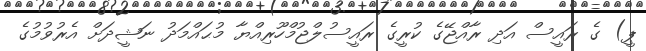
ޕީ) ގެ ރައީސް އަދި ރާއްޖޭގެ ކުރީގެ ރައީސުލްޖުމްހޫރިއްޔާ މުޙައްމަދު ނަޝީދަށް އެރުވުމުގެ